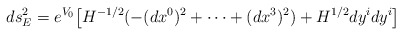
\begin{align*}d s_E^2 = e^{V_0} \big[ H^{- 1/2} (- (d x^0)^2 +\cdots + (d x^3)^2 ) + H^{ 1/2} dy^idy^i \big]\end{align*}